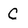
Character: c